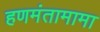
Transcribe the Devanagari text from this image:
हणमंतामामा